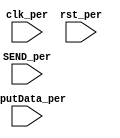
module fsmPeripheral (SEND_per, clk_per, rst_per, inputData_per);

	input SEND_per;
  	input clk_per, rst_per;
  	input [31:0] inputData_per;

	/*
		Peripheral states:
		0 - not receiving
		1 - receiving
	*/
	reg currentState_per, nextState_per;
  	reg [31:0] data_per;


	// Current State - Initial begin
	always @ (posedge clk_per)
	begin
		if (rst_per == 1)
			currentState_per <= 0;
		else
			currentState_per <= nextState_per;
	end

	// Next State
	always @ (*)
	begin
		case ({currentState_per})
			0, 1:
				if (SEND_per == 1)
					nextState_per = 1;
				else
					nextState_per = 0;
		endcase
	end

	// Outputs
	always @ (*)
	begin
      if (currentState_per == 1)
      	data_per = inputData_per;
	end

endmodule